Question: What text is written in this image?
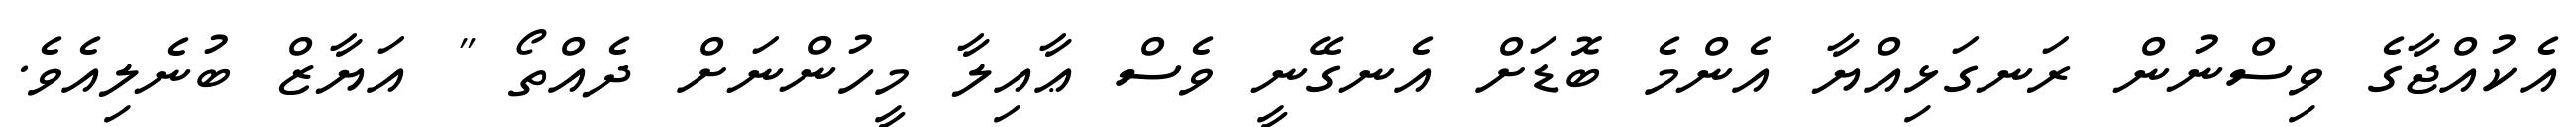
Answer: އެކުއްޖާގެ ވިސްނުން ރަނގަޅިއްޔާ އެންމެ ބޮޑަށް އެނގޭނީ ވެސް ޢާއިލާ މީހުންނަށް ދެއްތޯ " އަޔާޒް ބުނެލިއެވެ.